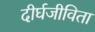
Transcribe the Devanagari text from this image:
दीर्घजीविता